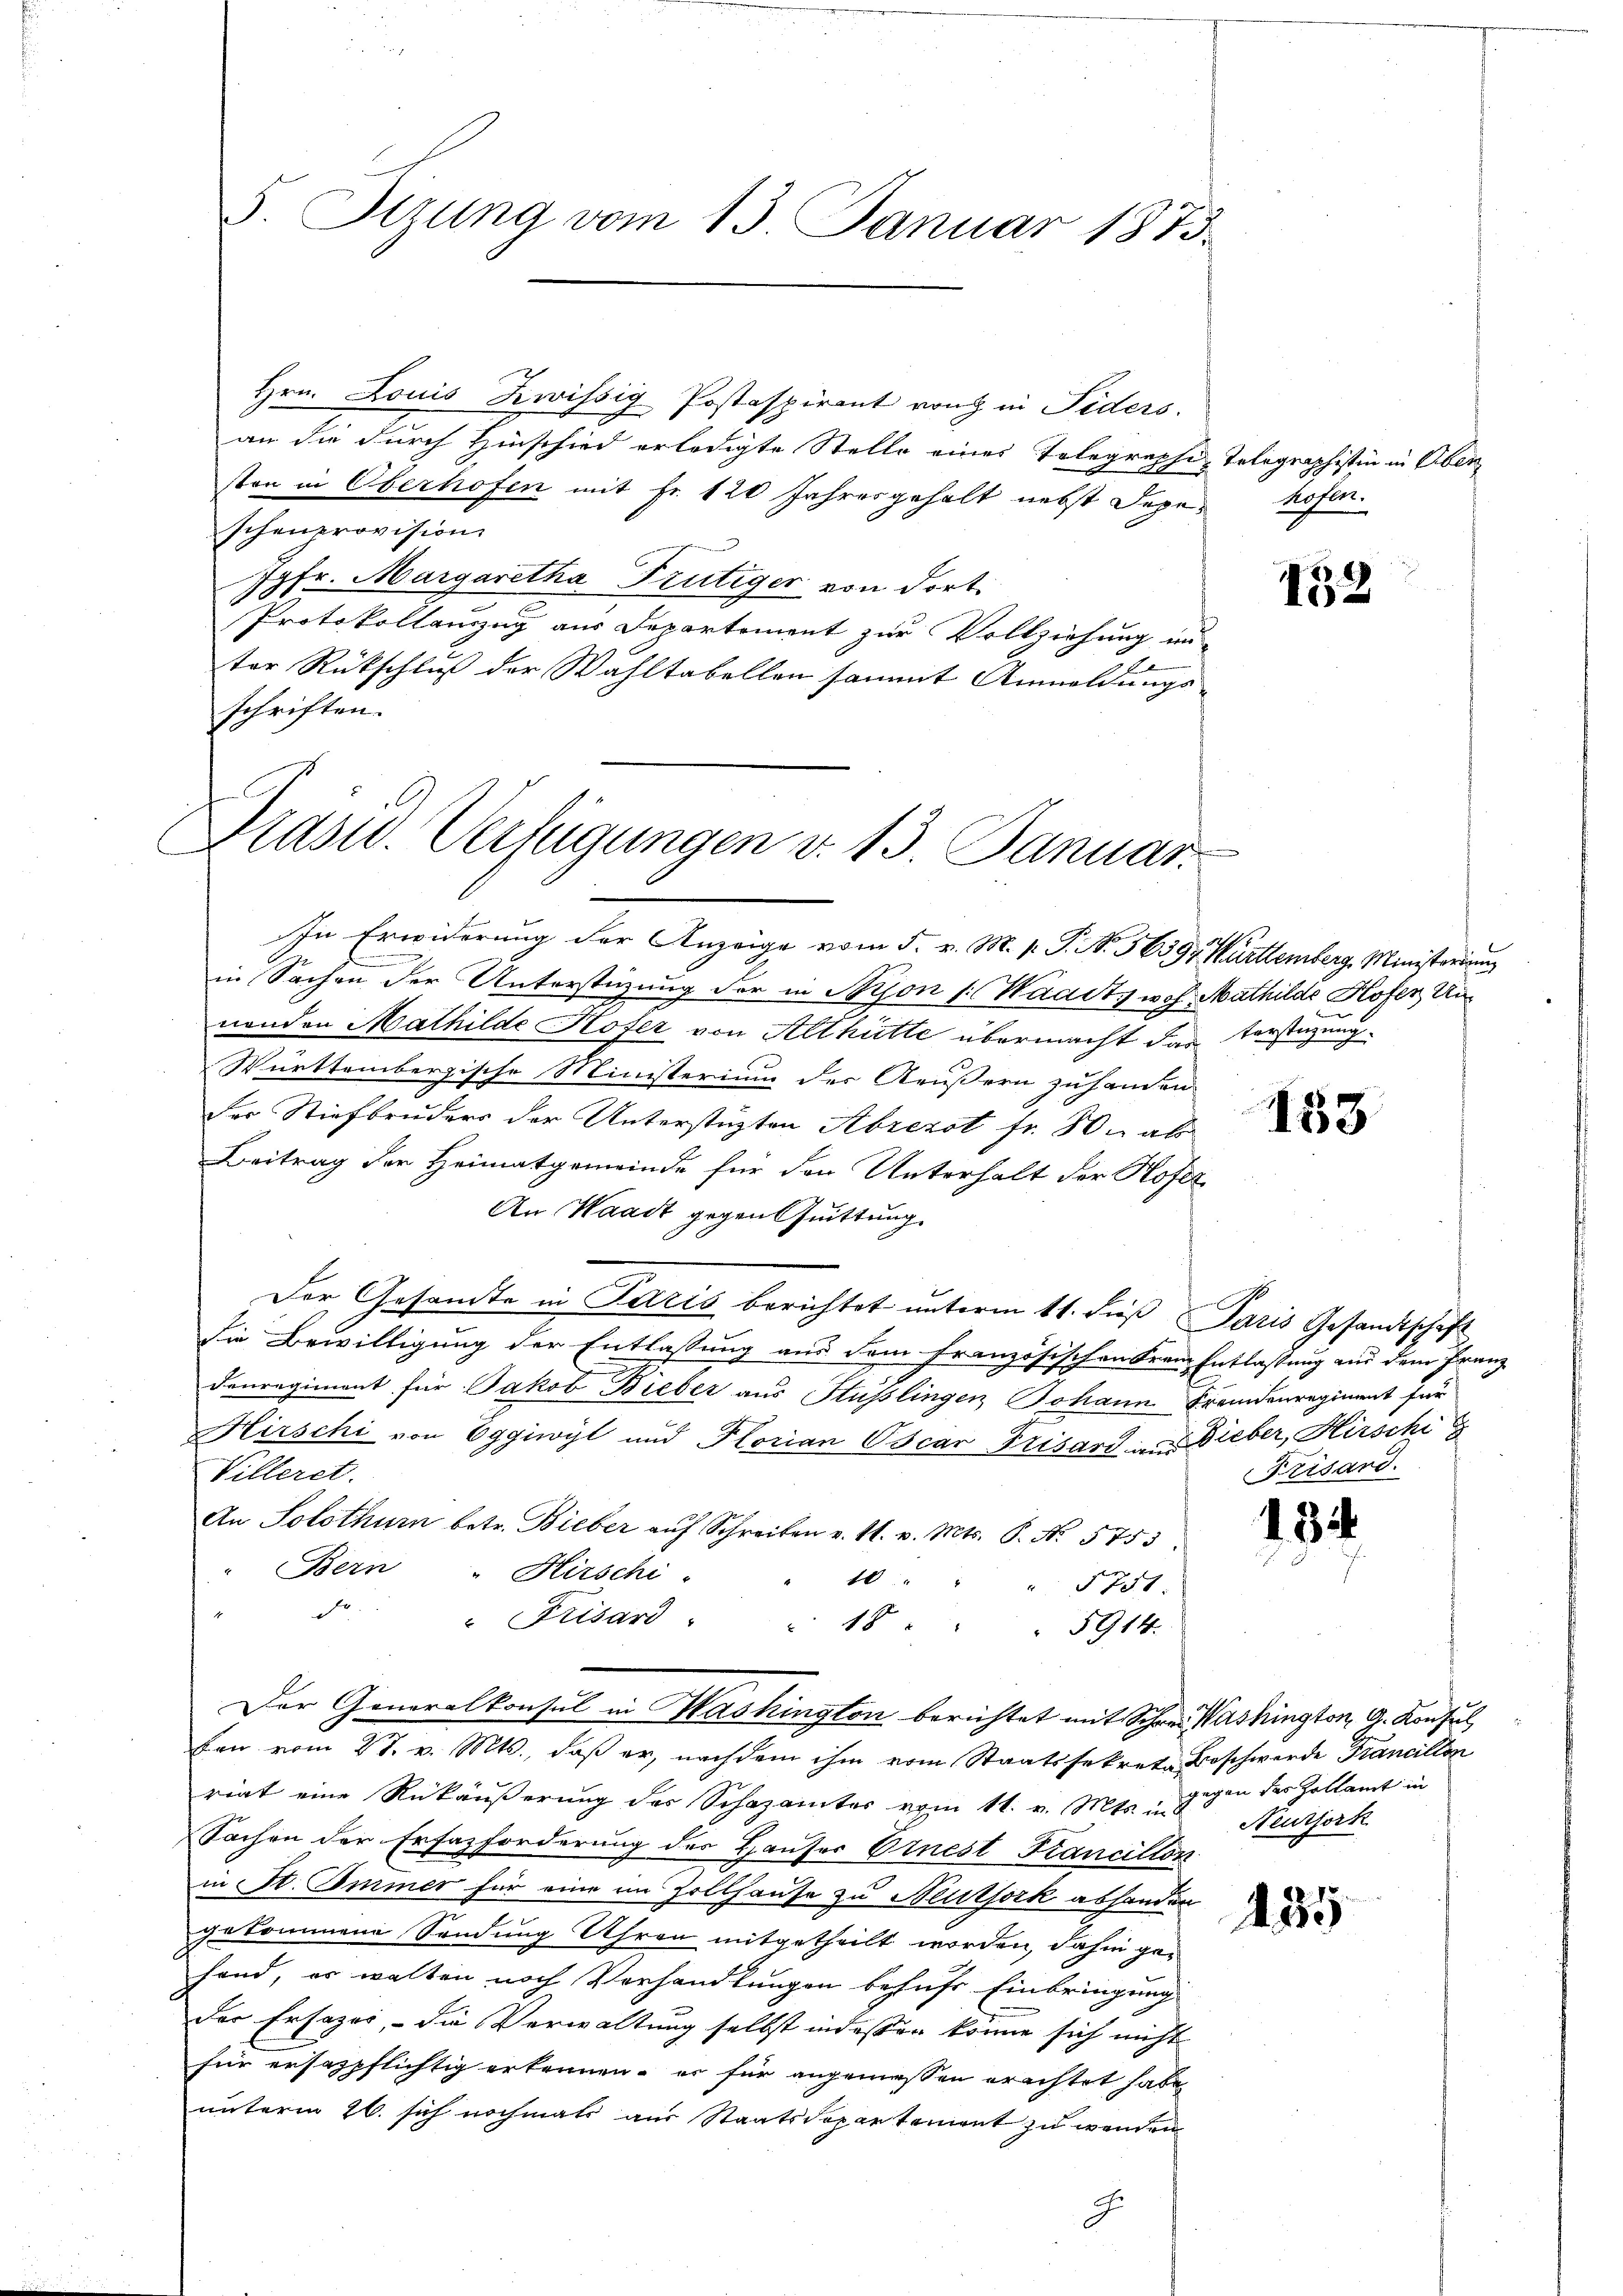
5. Sizung vom 13. Januar 1873.

Hrn. Louis Zwissig Postaspirant von in Fiders.
an die durch Hinschied erledigte Stelle eines Telegraphi-Telegraphistin in Obersten in Oberhofen mit Fr. 120 Jahresgehalt nebst Depe hofen.
schenprovision
Jgfr. Margaretha Frutiger von dort
Protokollanzug aus Departement zur Vollziehung unter Rückschluß der Wahltabellen sammt Anmeldungs-
schriften.

Blasid. Verfügungen v. 13. Januar

In Erwiderung der Anzeige vom 5. v. M. p. P. Nr. 5639, Württemberg, Ministerium
in Sachen der Unterstüzung der in Nison (Waadt, woh. Mathilde Hofer Unnenden Mathilde Kofer von Althütte übermacht das Vorstüzung
Württembergische Ministerium der Aeußern zuhanden
der Stiefbruders der Unterstüzten Abrezst fr. 80. ab
Beitrag der Heimatgemeinde für den Unterhalt der Hofer
An Waadt gegen Quittung.
Der Gesandte in Paris berichtet unterm 11. dieß Jaris Gesandtschaft
Die Bewilligung der Entlassung aus dem Französischen Franz Entlassung aus dem Franz
Denregiment für Jakob Dieber aus Stüßlingen Johann Fremdenregiment für
Hirschi von Eggiwyl und Florian Oscar Frisard in Dieber, Hirschi
Villeret.
An Solothur betr. Bieber aŭf Schreiben v. M. v. Mts. S. No. 5753.
Bern
" Hirschi
10 " " " 5751.
dr
"Prisard " " 18 . " " 5914.
Der Generalkonsul in Washington berichtet mit Schön. Washington G. Konsul
ben vom 27. v. Mts., daß er, nachdem ihm vom Staatssekrete Beschwerde Francillon
riat eine Rükäußerung des Schazamter vom 11. v. Mts. in
Sachen der Ersazforderung des Hauser Einest Krancillon
in St. Emmer für eine im Zollhause zu Neutfork abhanden
gekommene Sendung Uhren mitgetheilt worden, dahin ge-
fand, er walten noch Verhandlungen behufs Einbringung
der Ersazes, - die Verwaltung selbst indessen könne sich nicht
für ersazpflichtig erkennen, er für angemessen erachtet habe,
unterm 26. sich nochmals aus Staatsdopartement zu werden
B

12

153

A
Krisard.

134

435

gegen des Zollamt in
Neuzjork